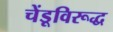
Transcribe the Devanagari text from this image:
चेंडूविरूद्ध